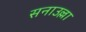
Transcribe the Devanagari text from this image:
सनाउल्ला